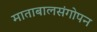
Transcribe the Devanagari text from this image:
माताबालसंगोपन